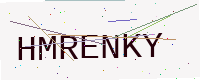
Text: HMRENKY